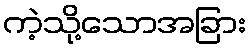
ကဲ့သို့သောအခြား